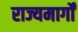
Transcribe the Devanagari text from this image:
राज्यमार्गों